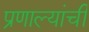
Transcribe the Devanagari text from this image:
प्रणाल्यांची